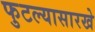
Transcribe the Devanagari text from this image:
फुटल्यासारखे